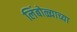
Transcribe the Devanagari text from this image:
लिंबोळ्याच्या